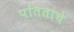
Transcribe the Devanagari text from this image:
पतिताचे